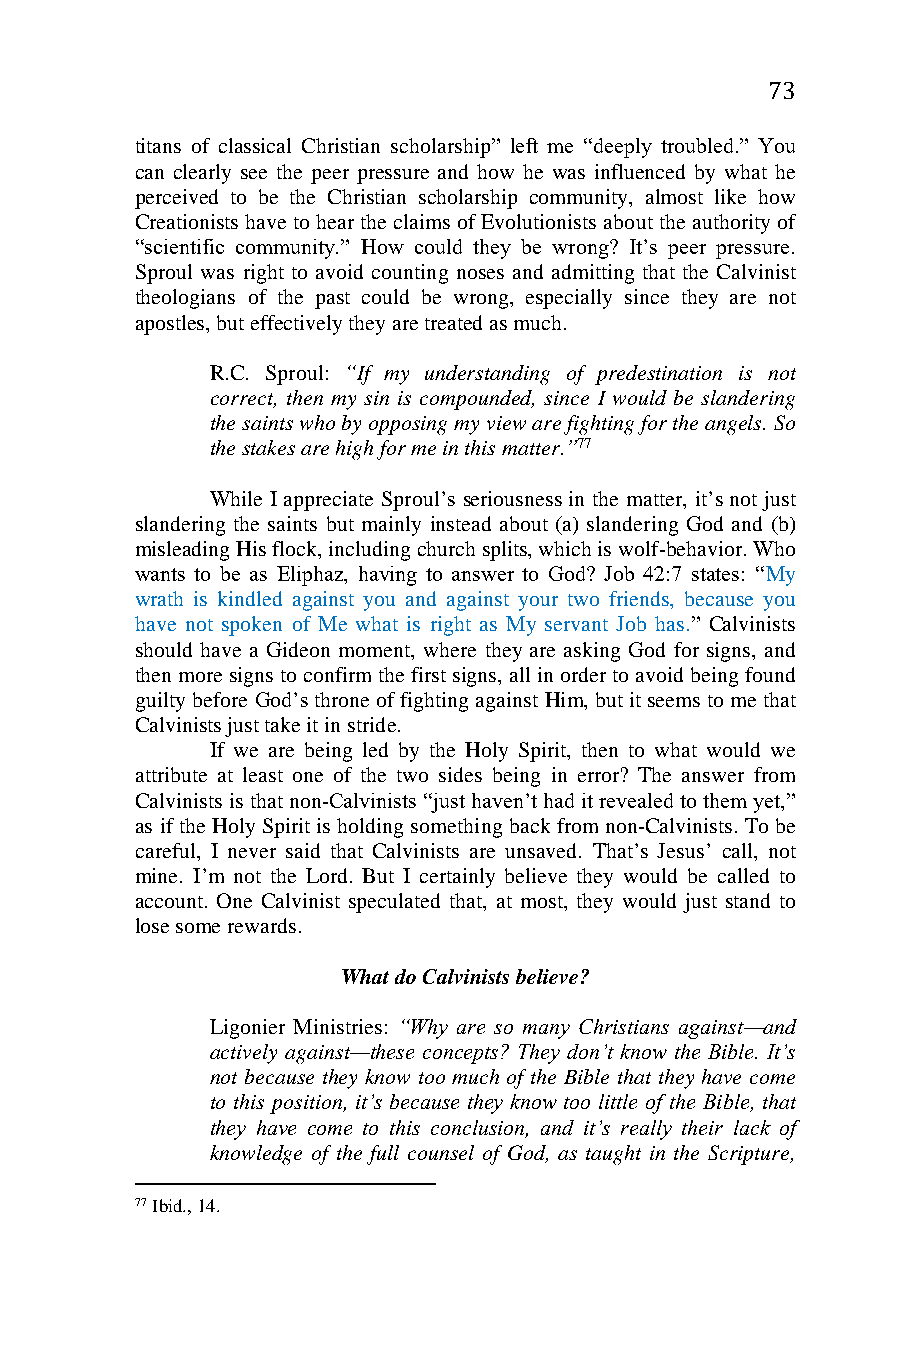
73
 titans of classical Christian scholarship” left me “deeply troubled.” You
 can clearly see the peer pressure and how he was influenced by what he
 perceived to be the Christian scholarship community, almost like how
 Creationists have to hear the claims of Evolutionists about the authority of
 “scientific community.” How could they be wrong? It’s peer pressure.
 Sproul was right to avoid counting noses and admitting that the Calvinist
 theologians of the past could be wrong, especially since they are not
 apostles, but effectively they are treated as much.
 R.C. Sproul: “If my understanding of predestination is not
 correct, then my sin is compounded, since I would be slandering
 the saints who by opposing my view are fighting for the angels. So
 the stakes are high for me in this matter.”77
 While I appreciate Sproul’s seriousness in the matter, it’s not just
 slandering the saints but mainly instead about (a) slandering God and (b)
 misleading His flock, including church splits, which is wolf-behavior. Who
 wants to be as Eliphaz, having to answer to God? Job 42:7 states: “My
 wrath is kindled against you and against your two friends, because you
 have not spoken of Me what is right as My servant Job has.” Calvinists
 should have a Gideon moment, where they are asking God for signs, and
 then more signs to confirm the first signs, all in order to avoid being found
 guilty before God’s throne of fighting against Him, but it seems to me that
 Calvinists just take it in stride.
 If we are being led by the Holy Spirit, then to what would we
 attribute at least one of the two sides being in error? The answer from
 Calvinists is that non-Calvinists “just haven’t had it revealed to them yet,”
 as if the Holy Spirit is holding something back from non-Calvinists. To be
 careful, I never said that Calvinists are unsaved. That’s Jesus’ call, not
 mine. I’m not the Lord. But I certainly believe they would be called to
 account. One Calvinist speculated that, at most, they would just stand to
 lose some rewards.
 What do Calvinists believe?
 Ligonier Ministries: “Why are so many Christians against—and
 actively against—these concepts? They don’t know the Bible. It’s
 not because they know too much of the Bible that they have come
 to this position, it’s because they know too little of the Bible, that
 they have come to this conclusion, and it’s really their lack of
 knowledge of the full counsel of God, as taught in the Scripture,
 77 Ibid., 14.